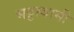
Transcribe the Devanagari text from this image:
भट्टस्वामी